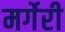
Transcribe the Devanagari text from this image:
मर्गेरी